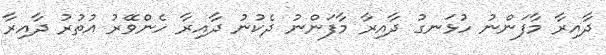
ދާއިރާ މާފަންނު ހުޅަނގު ދާއިރާ މާފަންނު ދެކުނު ދާއިރާ ހެންވޭރު އުތުރު ދާއިރާ